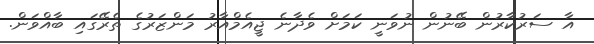
އާ ސަރުކާރުން ބޭނުން ނުވަނީ ކަމަށް ވެދާނެ ޖީއެމްއާރު މަންޒަރުގެ ތެރޭގައި ބާއްވަން.